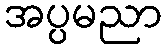
အပ္ပမညာ